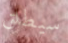
سيطلق